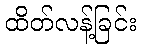
ထိတ်လန့်ခြင်း